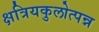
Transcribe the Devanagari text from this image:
क्षत्रियकुलोत्पन्न